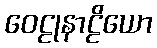
ဝေဠုနာဠိယော